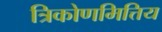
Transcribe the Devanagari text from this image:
त्रिकोणमित्तिय